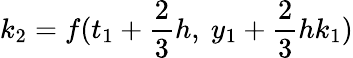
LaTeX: k_{2}=f(t_{1}+{\frac{2}{3}}h,\ y_{1}+{\frac{2}{3}}hk_{1})